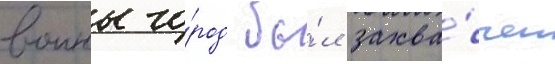
воины го́род бы́л захва́чен